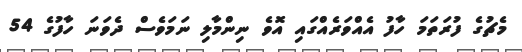
މެޗުގެ ފުރަތަމަ ހާފު އެއްވަރެއްގައި އޮވެ ނިންމާލި ނަމަވެސް ދެވަނަ ހާފުގެ 54